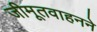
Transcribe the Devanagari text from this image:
जीमूतवाहनने